Leningradi_Edasi_toimetus, lk 222
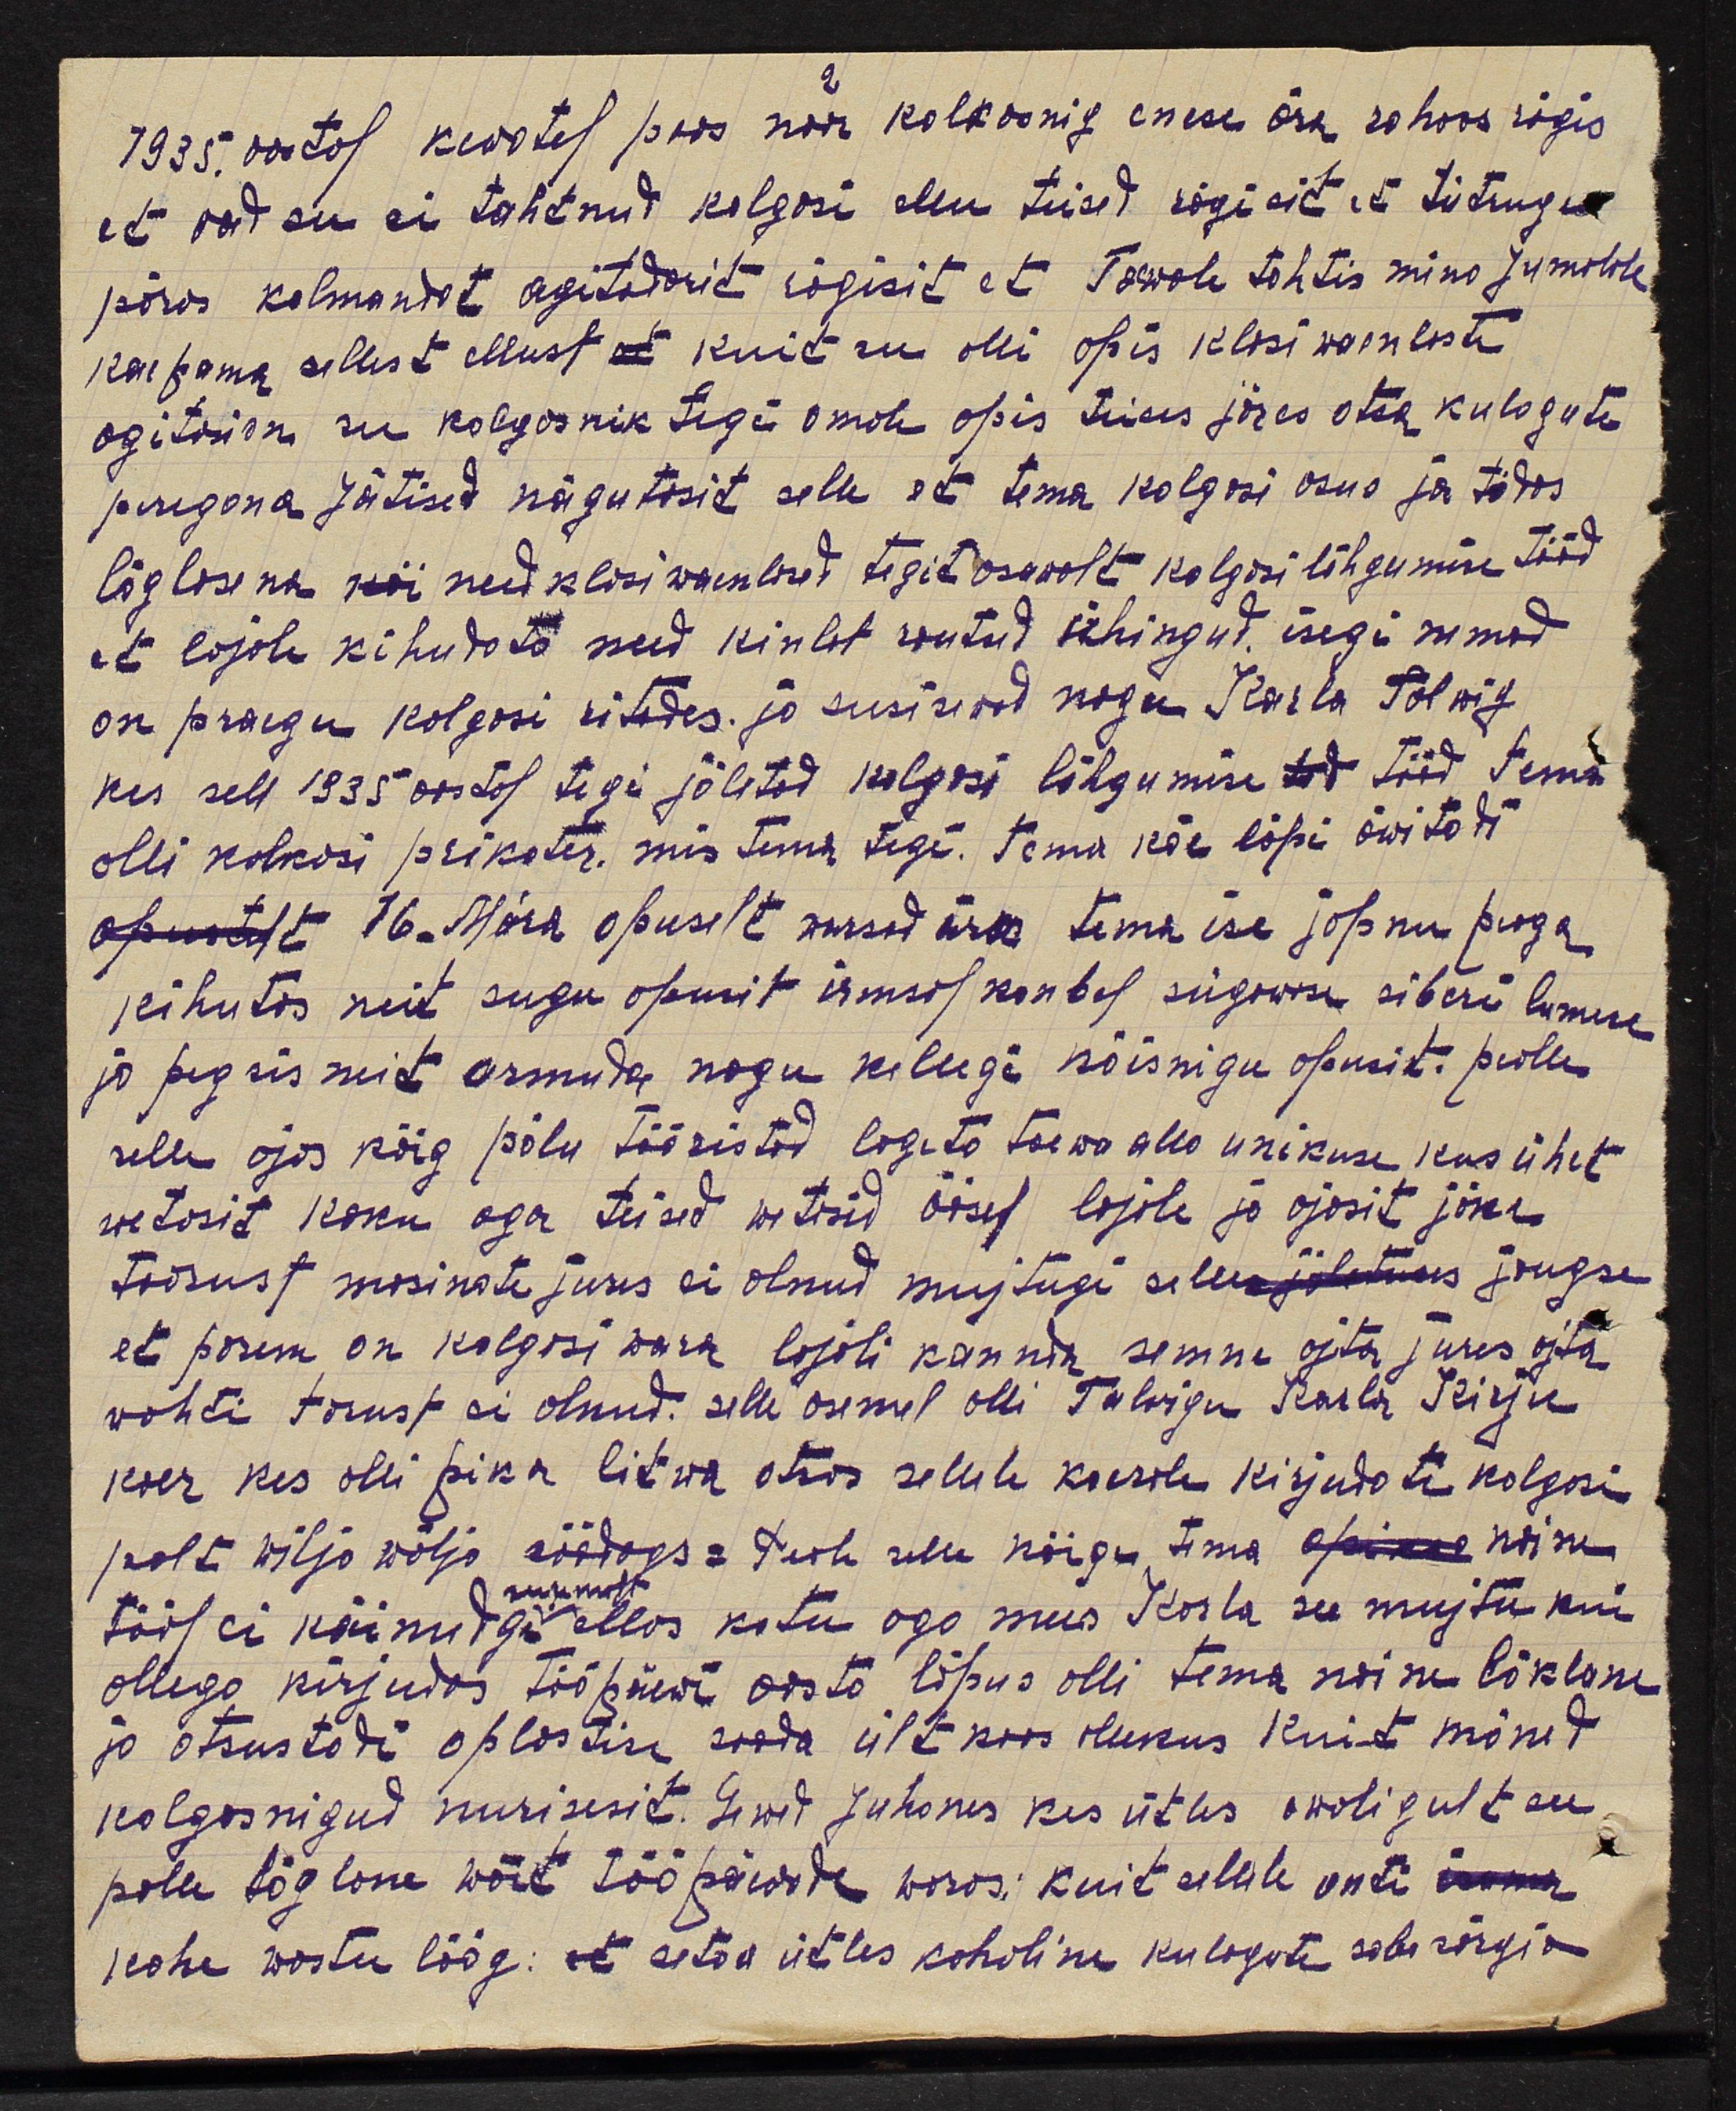
2.
1935. aastal kevatel poos noor kolkosnig enese ära rahwas rägis
et ood su ei tahtnud kolgosi elu teised rägisit ei tütrug
päras kolmandat agitadorit rägisit et Taswoli tahtis mina Jumalale
kaipama sellest ellust kuit see olli opis klasi waenlasti
agitasion see kolgosnik tegi omale opis teises järes otsa kulagute
peregona jätised nägutasid selle et tema kolgosi asno ja tödas
liiglise na kui need klasiwaenlased tegit osawalt kolgori lõhgumise tööd
et lajale kihudata need kinlat rautud ühingud, isegi nemad
on praegu kolgasi ritades ja susisewad nagu Karla Tolwig
kes sell 1935 aastal tegi jäletad kolgosi lõhgumise tööd tema
olli kolkosi prikater, mis tema tegi. Tema käe läpi äwitadi
16. mära opuselt warsad ära tema ise jopnu peaga
kihutas neid sugu openit irmsal kombel sügawase siberi lumese
ja pegsis neit armuda nagu kellegi mõisnigu opesit. pealle
selle ajas kõig põlu tööristad lageta taewa alla unikuse kus ühet
wetasit koku aga teisid wetasid öösel lajale ja ajasit jõke
toisust masinate jures ei olnud muitugi selle jaugse
et parem on kolgosi wara lajali kannan semne ajta jures oita
wahti tõsust ei olnud. Selle asemel olli Talwigu Karla Kirju
koer kes olli pika litwa otsas sellele koerale kirjutati kolgosi
poolt wilja wälja söödags: tusi  selle näigu, tema naine
tööl ei käinud ellas kodu ago mees Karla see mujtu kui
suumist
ollega kirjudas tööpäewi aasta lõpus olli tema naine löklane
ja otsustadi oplastise saada ült koos olekus kuit mõned
kolgosnikud nurisesit. Lwid juhanes kes ütles awaligult see
polle töglane wait tööpäewade waras; kuit sellele anti
kohe wastu löög: seta ütles kohaline kulagute saba sörgia